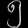
Digit: ၅